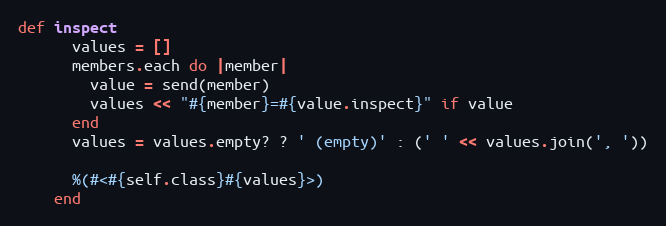
Language: Ruby
def inspect
      values = []
      members.each do |member|
        value = send(member)
        values << "#{member}=#{value.inspect}" if value
      end
      values = values.empty? ? ' (empty)' : (' ' << values.join(', '))

      %(#<#{self.class}#{values}>)
    end